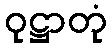
ဝုဋ္ဌာတုံ